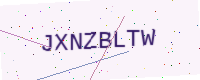
Text: JXNZBLTW